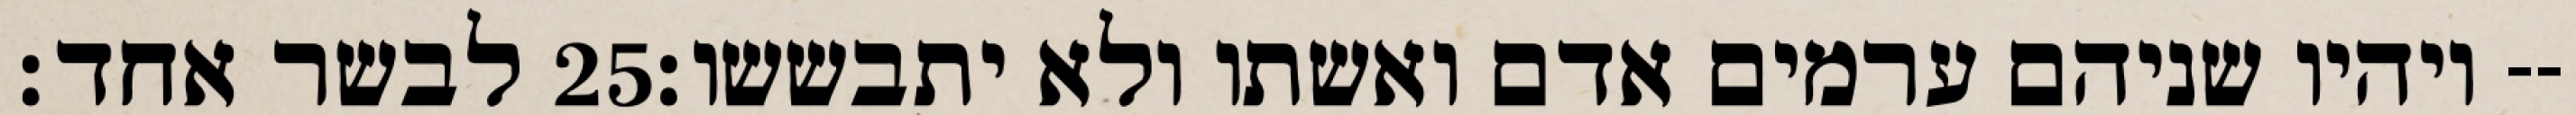
לבשר אחד׃ ‎25‏ ויהיו שניהם ערמים אדם ואשתו ולא יתבששו׃--